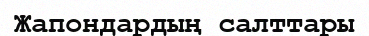
Жапондардың салттары